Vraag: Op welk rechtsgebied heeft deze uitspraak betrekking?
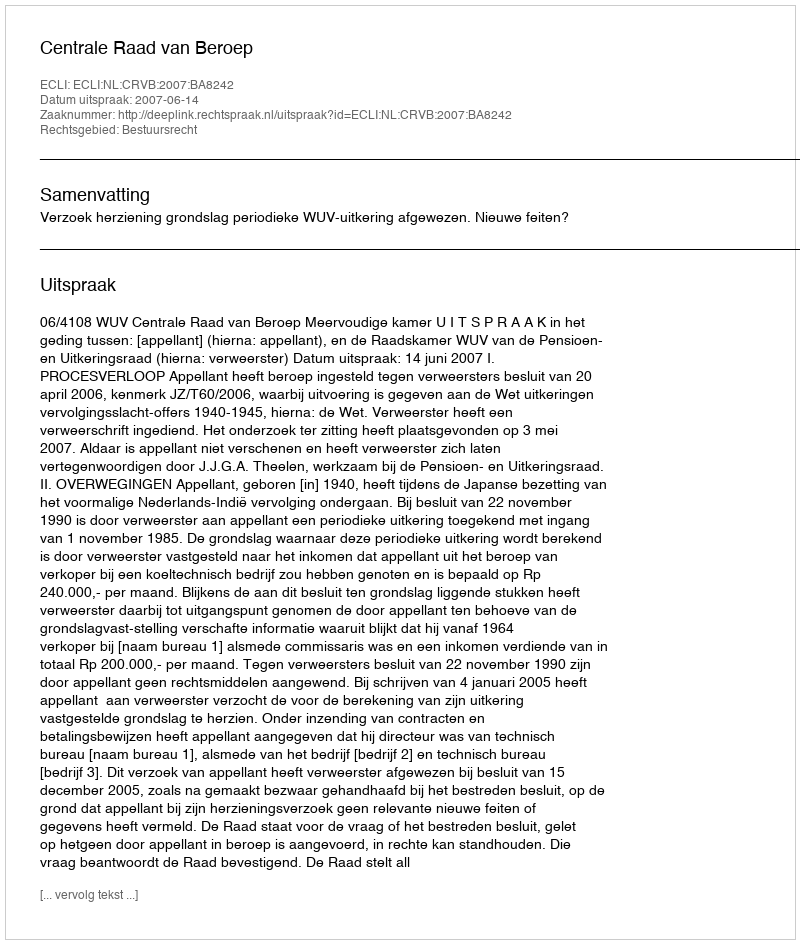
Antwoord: Bestuursrecht